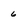
Character: 6